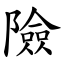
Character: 險